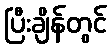
ပြီးချိန်တွင်